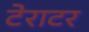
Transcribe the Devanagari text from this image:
टेराटर